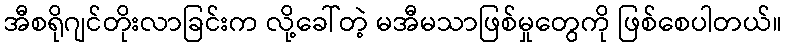
အီစရိုဂျင်တိုးလာခြင်းက လို့ခေါ်တဲ့ မအီမသာဖြစ်မှုတွေကို ဖြစ်စေပါတယ်။